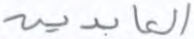
العابدين